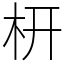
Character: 枅